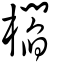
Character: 櫩